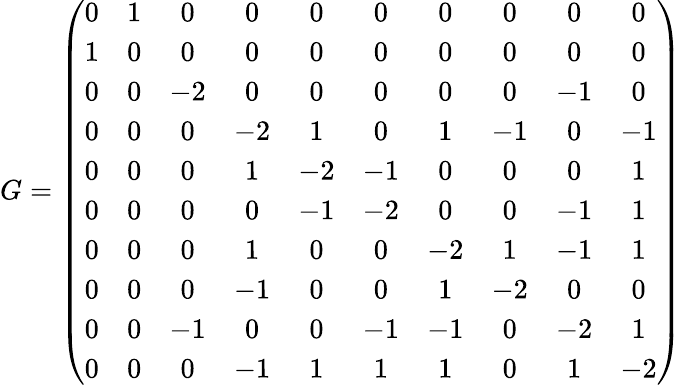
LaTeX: G=\left(\begin{array}{cccccccccc}{0}&{1}&{0}&{0}&{0}&{0}&{0}&{0}&{0}&{0}\\ {1}&{0}&{0}&{0}&{0}&{0}&{0}&{0}&{0}&{0}\\ {0}&{0}&{-2}&{0}&{0}&{0}&{0}&{0}&{-1}&{0}\\ {0}&{0}&{0}&{-2}&{1}&{0}&{1}&{-1}&{0}&{-1}\\ {0}&{0}&{0}&{1}&{-2}&{-1}&{0}&{0}&{0}&{1}\\ {0}&{0}&{0}&{0}&{-1}&{-2}&{0}&{0}&{-1}&{1}\\ {0}&{0}&{0}&{1}&{0}&{0}&{-2}&{1}&{-1}&{1}\\ {0}&{0}&{0}&{-1}&{0}&{0}&{1}&{-2}&{0}&{0}\\ {0}&{0}&{-1}&{0}&{0}&{-1}&{-1}&{0}&{-2}&{1}\\ {0}&{0}&{0}&{-1}&{1}&{1}&{1}&{0}&{1}&{-2}\end{array}\right)